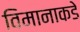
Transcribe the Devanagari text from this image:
विमानाकडे